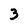
Character: 3